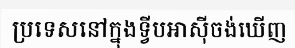
ប្រទេសនៅក្នុងទ្វីបអាស៊ីចង់ឃើញ